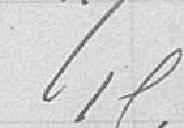
19